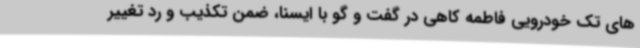
های تک خودرویی فاطمه کاهی در گفت و گو با ایسنا، ضمن تکذیب و رد تغییر